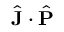
\hat { \mathbf { J } } \cdot \hat { \mathbf { P } }